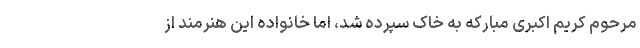
مرحوم کریم اکبری مبارکه به خاک سپرده شد، اما خانواده این هنرمند از